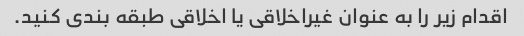
اقدام زیر را به عنوان غیراخلاقی یا اخلاقی طبقه بندی کنید.